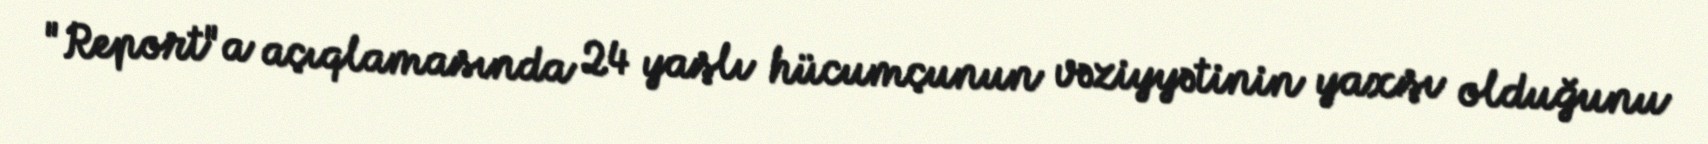
"Report"a açıqlamasında 24 yaşlı hücumçunun vəziyyətinin yaxşı olduğunu